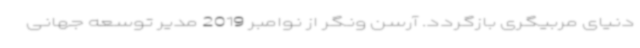
دنیای مربیگری بازگردد. آرسن ونگر از نوامبر 2019 مدیر توسعه جهانی